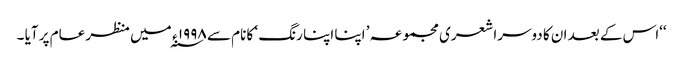
‘‘اس کے بعد ان کا دوسرا شعری مجموعہ ’ اپنا اپنا رنگ ‘ کا نام سے ۱۹۹۸ ء ؁ میں منظر عام پر آیا ۔